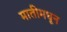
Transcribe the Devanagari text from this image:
मातीमधून